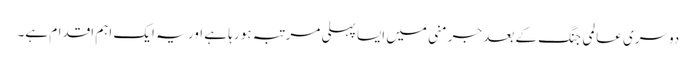
دوسری عالمی جنگ کے بعد جرمنی میں ایسا پہلی مرتبہ ہو رہا ہے اور یہ ایک اہم اقدام ہے۔